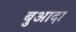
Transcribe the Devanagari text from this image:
बुआदा